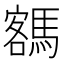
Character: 𩤩